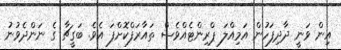
އިން ވަނީ ދާދިފަހުން އަމިއްލަ ޕްރިންޓެއްވެސް ތައާރަފްކޮށްފަ އެވެ. ބަގީޗާ ގެ ނަންދެވުނު